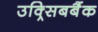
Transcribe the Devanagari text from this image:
उक्र्सिबबैंक